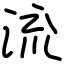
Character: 流